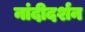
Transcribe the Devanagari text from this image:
नांदीदर्शन